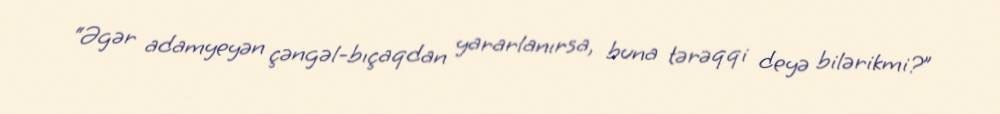
“Əgər adamyeyən çəngəl-bıçaqdan yararlanırsa, buna tərəqqi deyə bilərikmi?”